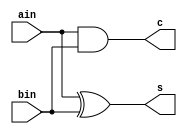
module halfAdder(ain, bin, c, s);
	//c is carry, s is sum
	input ain,bin;
	output c,s;
	assign s = ain ^ bin;
	assign c = ain & bin;
endmodule

module multiply(a, b, c);
	output [3:0] c;
	input [1:0] a,b;
	wire s1, s2, s3, s4;

	assign c[0] = a[0] & b[0];
	assign s1 = a[1] & b[0];
	assign s2 = a[0] & b[1];
	halfAdder h0 (s1,s2,s4,c[1]);
	assign s3 = a[1] & b[1];
	halfAdder h1 (s3,s4,c[3],c[2]);
endmodule

module main;
    reg [1:0] a,b;
    wire [3:0] c;
    multiply m0 (a,b,c);
    initial begin;
        a = 11;
        b = 01;
        #10
        $display("%b", c);
    end;
endmodule